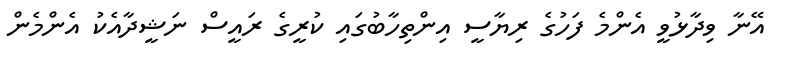
އޭނާ ވިދާޅުވީ އެންމެ ފަހުގެ ރިޔާސީ އިންތިހާބުގައި ކުރީގެ ރައީސް ނަޝީދާއެކު އެންމެން